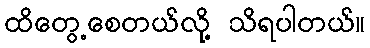
ထိတွေ့စေတယ်လို့ သိရပါတယ်။